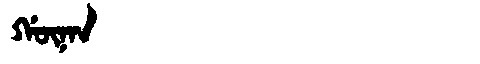
Manchu: ᡤᡡᠨᠠᠨ
Romanization: GŪNAN